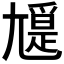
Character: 𡰖